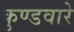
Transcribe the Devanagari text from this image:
कुण्डवारे